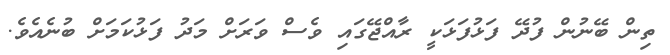
ތިން ބޭނުން ފުދޭ ފަޅުފަޅަކީ ރާއްޖޭގައި ވެސް ވަރަށް މަދު ފަޅުކަމަށް ބުނެއެވެ.